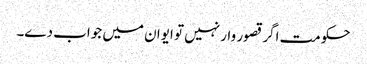
حکومت اگر قصور وار نہیں تو ایوان میں جواب دے۔